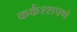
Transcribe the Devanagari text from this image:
कर्कश्शपणे